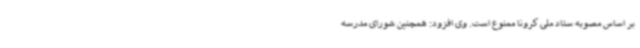
بر اساس مصوبه ستاد ملی کرونا ممنوع است. وی افزود: همچنین شورای مدرسه